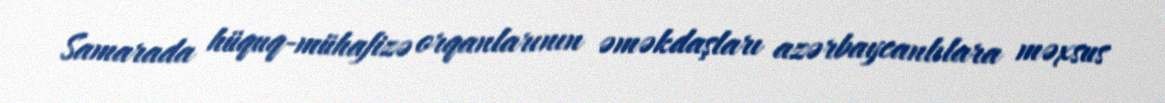
Samarada hüquq-mühafizə orqanlarının əməkdaşları azərbaycanlılara məxsus